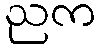
ညက